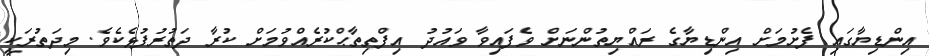
އިންޑިޔާގައި ފެށުމަށް އިންޑިޔާގެ ރައްޔިތުންނަށް ވެފައިވާ ވައުދު އިފްތިތާޙްކުރެއްވުމަށް ކުރާ ދަތުރުފުޅެކެވެ. މިދަތުރަކީ